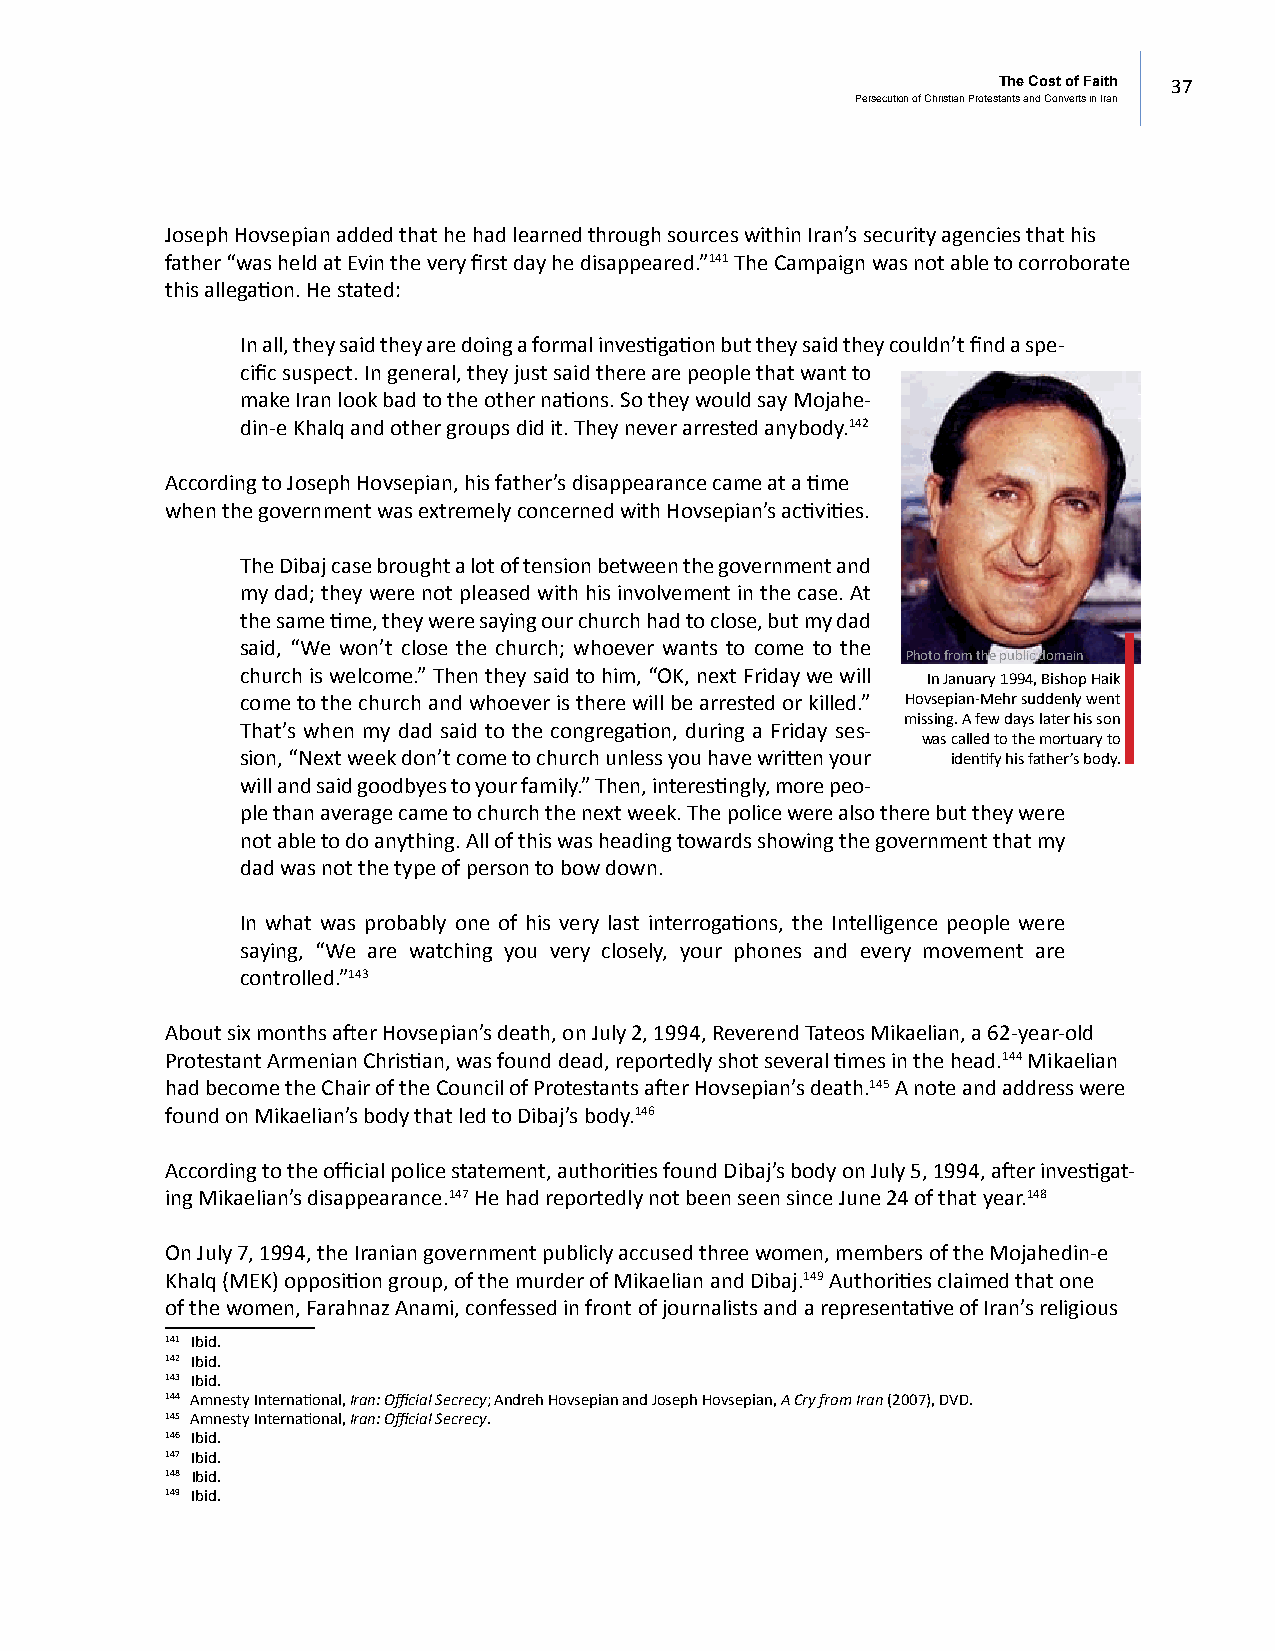
The Cost of Faith 37
 Persecution of Christian Protestants and Converts in Iran
 Joseph Hovsepian added that he had learned through sources within Iran’s security agencies that his
 father “was held at Evin the very first day he disappeared.”141 The Campaign was not able to corroborate
 this allegation. He stated:
 In all, they said they are doing a formal investigation but they said they couldn’t find a spe-
 cific suspect. In general, they just said there are people that want to
 make Iran look bad to the other nations. So they would say Mojahe-
 din-e Khalq and other groups did it. They never arrested anybody.142
 According to Joseph Hovsepian, his father’s disappearance came at a time
 when the government was extremely concerned with Hovsepian’s activities.
 The Dibaj case brought a lot of tension between the government and
 my dad; they were not pleased with his involvement in the case. At
 the same time, they were saying our church had to close, but my dad
 said, “We won’t close the church; whoever wants to come to the
 Photo from the public domain
 church is welcome.” Then they said to him, “OK, next Friday we will In January 1994, Bishop Haik
 come to the church and whoever is there will be arrested or killed.” Hovsepian-Mehr suddenly went
 missing. A few days later his son
 That’s when my dad said to the congregation, during a Friday ses-
 was called to the mortuary to
 sion, “Next week don’t come to church unless you have written your identify his father’s body.
 will and said goodbyes to your family.” Then, interestingly, more peo-
 ple than average came to church the next week. The police were also there but they were
 not able to do anything. All of this was heading towards showing the government that my
 dad was not the type of person to bow down.
 In what was probably one of his very last interrogations, the Intelligence people were
 saying, “We are watching you very closely, your phones and every movement are
 controlled.”143
 About six months after Hovsepian’s death, on July 2, 1994, Reverend Tateos Mikaelian, a 62-year-old
 Protestant Armenian Christian, was found dead, reportedly shot several times in the head.144 Mikaelian
 had become the Chair of the Council of Protestants after Hovsepian’s death.145 A note and address were
 found on Mikaelian’s body that led to Dibaj’s body.146
 According to the official police statement, authorities found Dibaj’s body on July 5, 1994, after investigat-
 ing Mikaelian’s disappearance.147 He had reportedly not been seen since June 24 of that year.148
 On July 7, 1994, the Iranian government publicly accused three women, members of the Mojahedin-e
 Khalq (MEK) opposition group, of the murder of Mikaelian and Dibaj.149 Authorities claimed that one
 of the women, Farahnaz Anami, confessed in front of journalists and a representative of Iran’s religious
 141 Ibid.
 142 Ibid.
 143 Ibid.
 144 Amnesty International, Iran: Official Secrecy; Andreh Hovsepian and Joseph Hovsepian, A Cry from Iran (2007), DVD.
 145 Amnesty International, Iran: Official Secrecy.
 146 Ibid.
 147 Ibid.
 148 Ibid.
 149 Ibid.